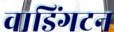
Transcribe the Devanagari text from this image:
वाडिंगटन